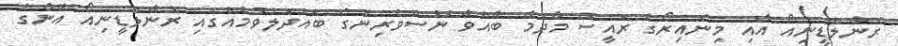
ރޮނާލްޑީނިއޯ އާއި މިނެއިރޯގެ ރައީސް މާދަމާ ބާއްވާ ނޫސްވެރިންގެ ބައްދަލުވުމެއްގައި ރޮނާލްޑީނިއޯ އޭނާގެ